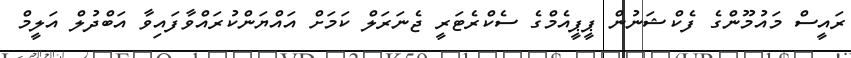
ރައީސް މައުމޫންގެ ފެކްޝަނުން ޕީޕީއެމްގެ ސެކްރެޓަރީ ޖެނަރަލް ކަމަށް އައްޔަންކުރައްވާފައިވާ އަބްދުލް އަލީމް